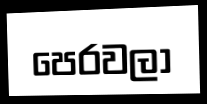
පෙරවලා